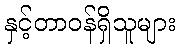
နှင့်တာဝန်ရှိသူများ